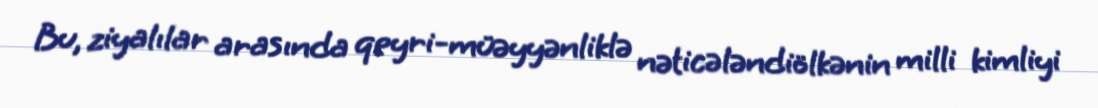
Bu, ziyalılar arasında qeyri-müəyyənliklə nəticələndiölkənin milli kimliyi